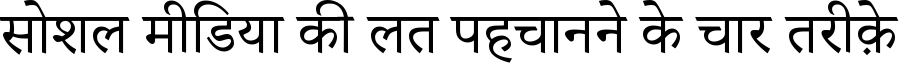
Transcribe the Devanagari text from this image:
सोशल मीडिया की लत पहचानने के चार तरीक़े